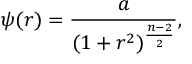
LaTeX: \psi ( r ) = { \frac { a } { ( 1 + r ^ { 2 } ) ^ { \frac { n - 2 } { 2 } } } } ,